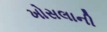
ખોસલાની